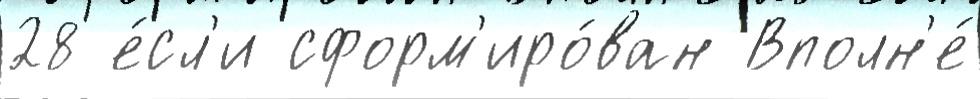
28 е́сл'и сформ'иро́ван Вполн'е́